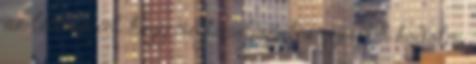
az lenne a cél, hogy megtanuljanak a gyerekek kódolni,